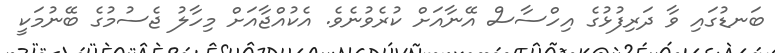
ބަނޑުގައި ވާ ދަރިފުޅުގެ އިހްސާސް އޭނާއަށް ކުރެވުނެވެ. އެކުއްޖާއަށް މިހާލު ޖެސުމުގެ ބޭނުމަކީ